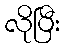
လိုပြီး